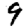
Digit: 9